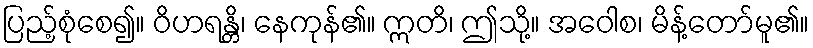
ပြည့်စုံစေ၍။ ဝိဟရန္တိ၊ နေကုန်၏။ ဣတိ၊ ဤသို့။ အဝေါစ၊ မိန့်တော်မူ၏။